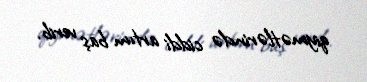
qiymətlərində ciddi artım baş verib.